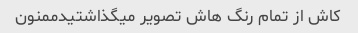
کاش از تمام رنگ هاش تصویر میگذاشتیدممنون